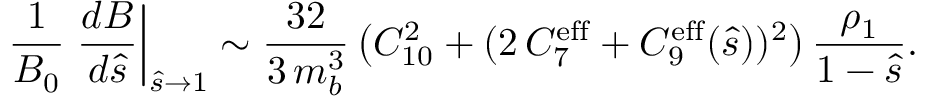
\frac { 1 } { { \cal B } _ { 0 } } \left. \frac { d { \cal B } } { d \hat { s } } \right| _ { \hat { s } \to 1 } \sim \frac { 3 2 } { 3 \, m _ { b } ^ { 3 } } \left( C _ { 1 0 } ^ { 2 } + ( 2 \, C _ { 7 } ^ { \mathrm { e f f } } + C _ { 9 } ^ { \mathrm { e f f } } ( \hat { s } ) ) ^ { 2 } \right) \frac { \rho _ { 1 } } { 1 - \hat { s } } .